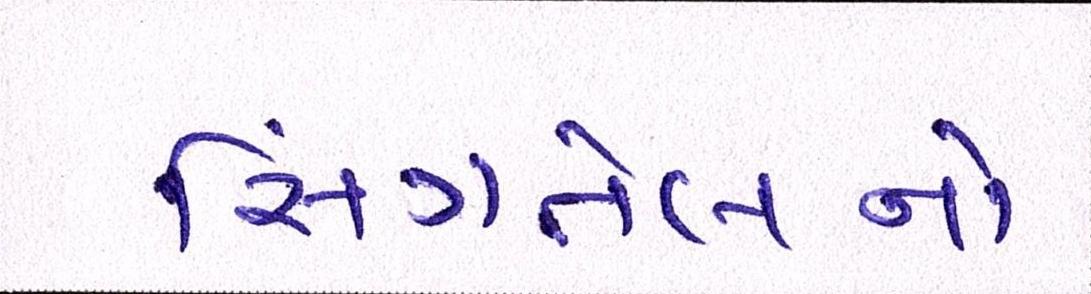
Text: સિંગતેલનો